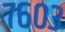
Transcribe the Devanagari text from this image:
७६०३